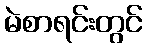
မဲစာရင်းတွင်